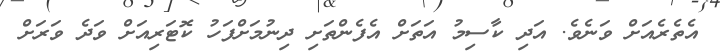
އެތެރެއަށް ވަނެވެ. އަދި ކާސިމު އަތަށް އެފެންތަށި ދިނުމަށްފަހު ކޮޓަރިއަށް ވަދެ ވަރަށް